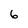
Character: 6